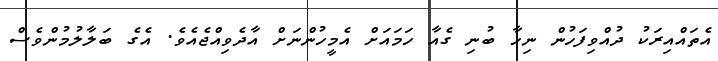
އެތައްއިރަކު ދުއްވިފަހުން ނިހާ ބުނި ގެއާ ހަމައަށް އެމީހުންނަށް އާދެވިއްޖެއެވެ. އެގެ ބަލާލުމުންވެސް